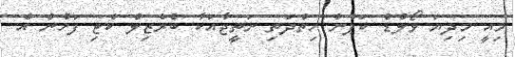
މިއީ މިދިޔަ ވޯލްޑް ކަޕުން ހިތްދަތި ނަތީޖާއަކާ ބްރެޒިލް ކެޓި ފަހުން އެ